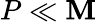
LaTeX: P\ll\mathbf{M}